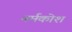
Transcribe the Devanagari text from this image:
नर्मकोश